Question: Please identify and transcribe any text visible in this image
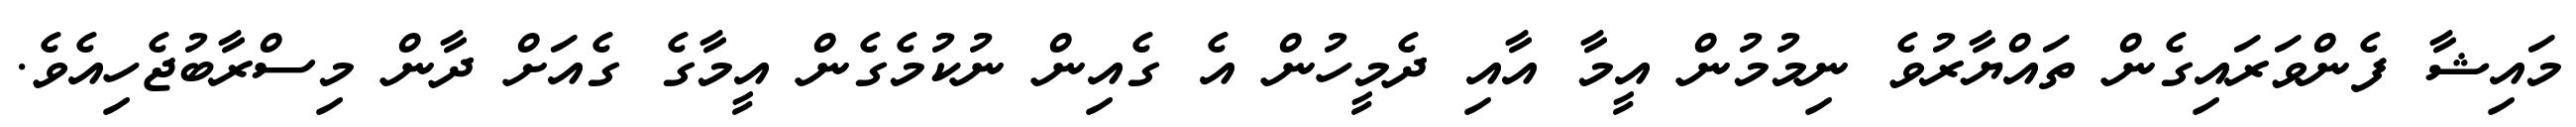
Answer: މައިޝާ ފެންވަރައިގެން ތައްޔާރުވެ ނިމުމުން އީމާ އާއި ދެމީހުން އެ ގެއިން ނުކުމެގެން އީމާގެ ގެއަށް ދާން މިސްރާބުޖެހިއެވެ.